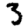
Digit: 3